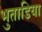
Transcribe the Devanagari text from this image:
भुताडिया